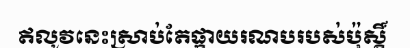
ឥលូវនេះស្រាប់តែផ្កាយរណបរបស់ប៉ុស្តិ៍